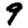
Digit: 9